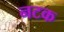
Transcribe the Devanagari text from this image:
नटक